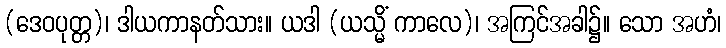
(ဒေဝပုတ္တ)၊ ဒါယကာနတ်သား။ ယဒါ (ယသ္မိံ ကာလေ)၊ အကြင်အခါ၌။ သော အဟံ၊